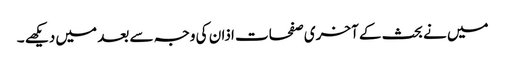
میں نے بحث کے آخری صفحات اذان کی وجہ سے بعد میں دیکھے ۔